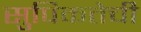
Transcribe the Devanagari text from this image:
सुपिकतेची